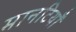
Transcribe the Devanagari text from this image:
मानटियाँ